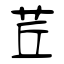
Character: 茊